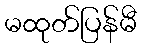
မထုတ်ပြန်မီ